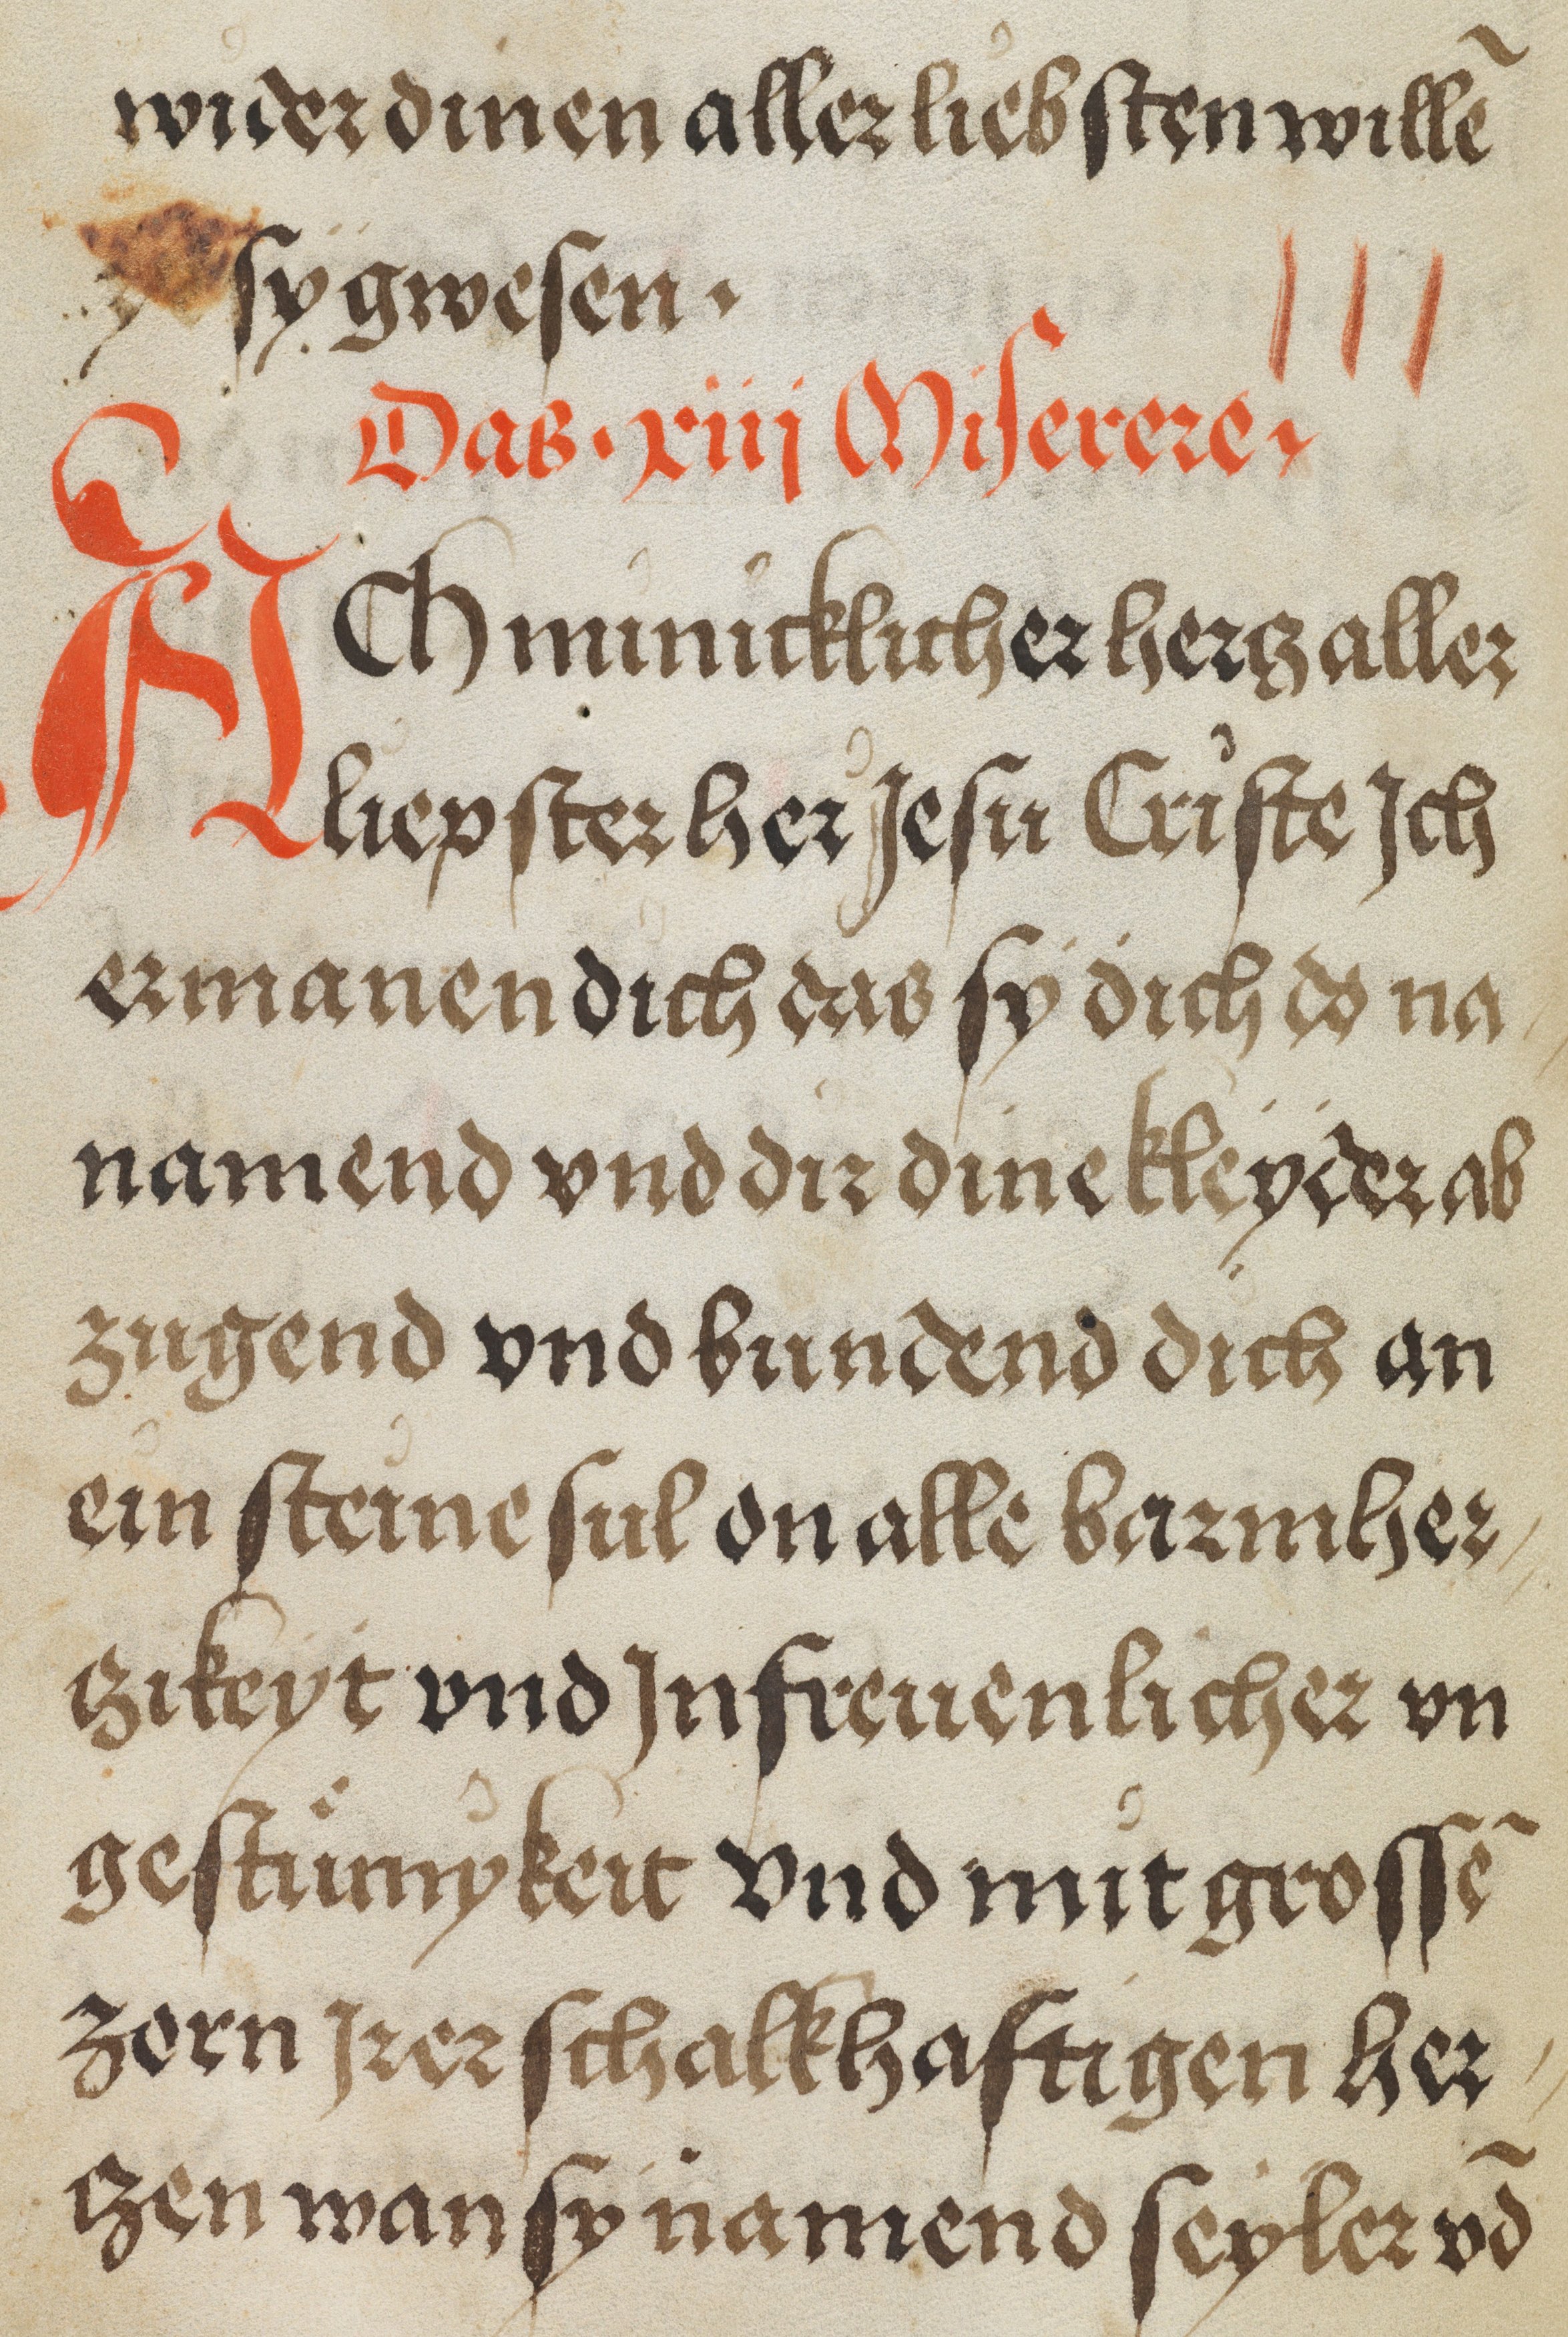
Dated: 1500–1530